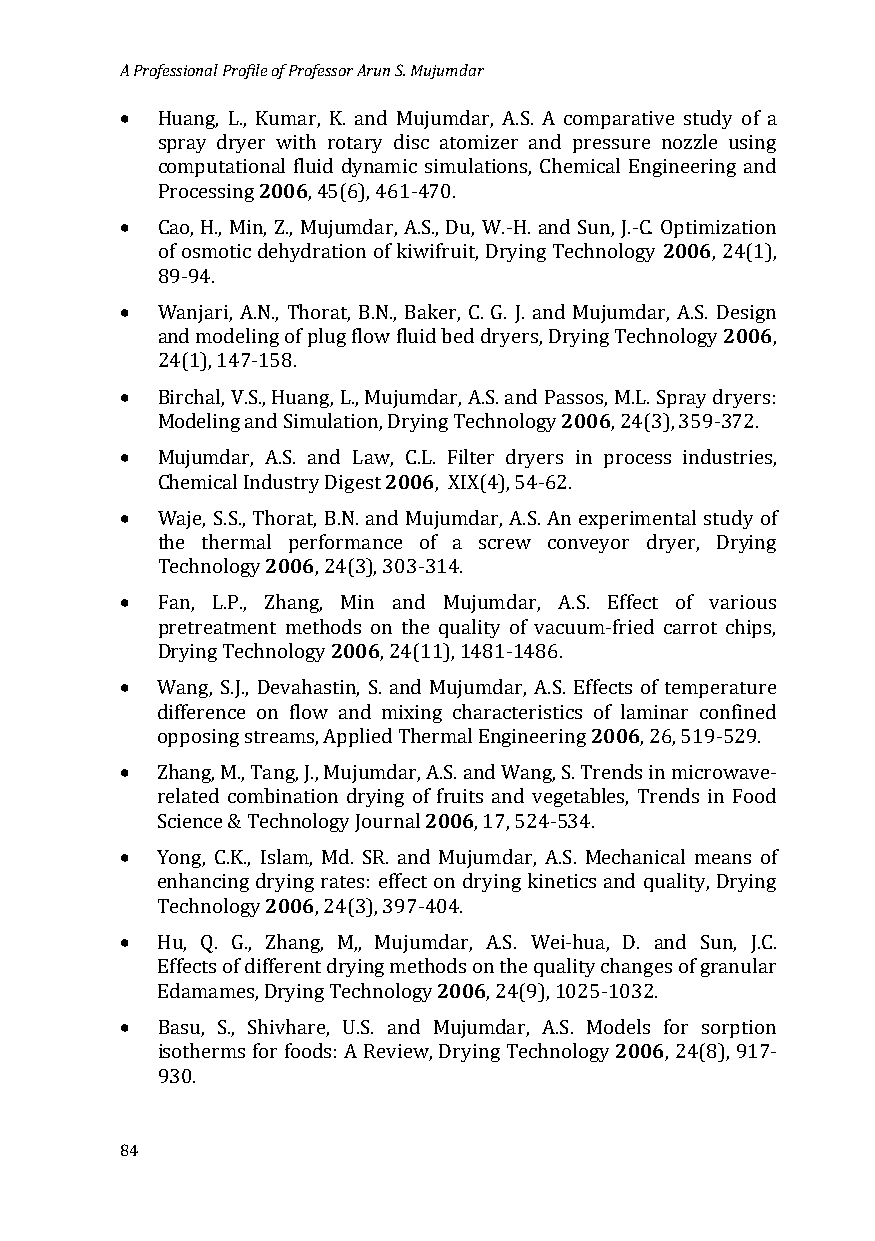
A Professional Profile of Professor Arun S. Mujumdar
 •
 Huang, L., Kumar, K. and Mujumdar, A.S. A comparative study of a
 spray dryer2 0w0i6th rotary disc atomizer and pressure nozzle using
 computational fluid dynamic simulations, Chemical Engineering and
 •
 Processing , 45(6), 461-470.
 2006
 Cao, H., Min, Z., Mujumdar, A.S., Du, W.-H. and Sun, J.-C. Optimization
 of osmotic dehydration of kiwifruit, Drying Technology , 24(1),
 •
 89-94.
 2006
 Wanjari, A.N., Thorat, B.N., Baker, C. G. J. and Mujumdar, A.S. Design
 and modeling of plug flow fluid bed dryers, Drying Technology ,
 •
 24(1), 147-158.
 2006
 Birchal, V.S., Huang, L., Mujumdar, A.S. and Passos, M.L. Spray dryers:
 •
 Modeling and Simulation, Drying Technology , 24(3), 359-372.
 2006
 Mujumdar, A.S. and Law, C.L. Filter dryers in process industries,
 •
 Chemical Industry Digest , XIX(4), 54-62.
 Waje, S.S., Th2o0r0a6t, B.N. and Mujumdar, A.S. An experimental study of
 the thermal performance of a screw conveyor dryer, Drying
 •
 Technology , 24(3), 303-314.
 Fan, L.P., Zhang, 2M00in6 and Mujumdar, A.S. Effect of various
 pretreatment methods on the quality of vacuum-fried carrot chips,
 •
 Drying Technology , 24(11), 1481-1486.
 Wang, S.J., Devahastin, S. and Mujumdar, A.S. Ef2fe0c0ts6 of temperature
 difference on flow and mixing characteristics of laminar confined
 •
 opposing streams, Applied Thermal Engineering , 26, 519-529.
 Zhang, M., Tang, J., Mujumdar, 2A0.S0. 6and Wang, S. Trends in microwave-
 related combination drying of fruits and vegetables, Trends in Food
 •
 Science & Technology Journal , 17, 524-534.
 Yong, C.K., I2sl0a0m6, Md. SR. and Mujumdar, A.S. Mechanical means of
 enhancing drying rates: effect on drying kinetics and quality, Drying
 •
 Technology , 24(3), 397-404.
 Hu, Q. G., Zhang, M,, Mujum2d0ar0, 6A.S. Wei-hua, D. and Sun, J.C.
 Effects of different drying methods on the quality changes of granular
 •
 Edamames, Drying Technology , 24(9), 1025-1032.
 2006
 Basu, S., Shivhare, U.S. and Mujumdar, A.S. Models for sorption
 isotherms for foods: A Review, Drying Technology , 24(8), 917-
 930.
 84